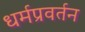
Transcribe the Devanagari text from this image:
धर्मप्रवर्तन